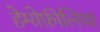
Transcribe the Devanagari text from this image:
हेमोफ़ीलिया